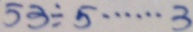
5 3 \div 5 \cdots 3